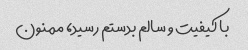
با کیفیت و سالم بدستم رسید، ممنون